Civil Veterinary Department Bengal reports 1933-51 - 1933-1951
Year: 1933
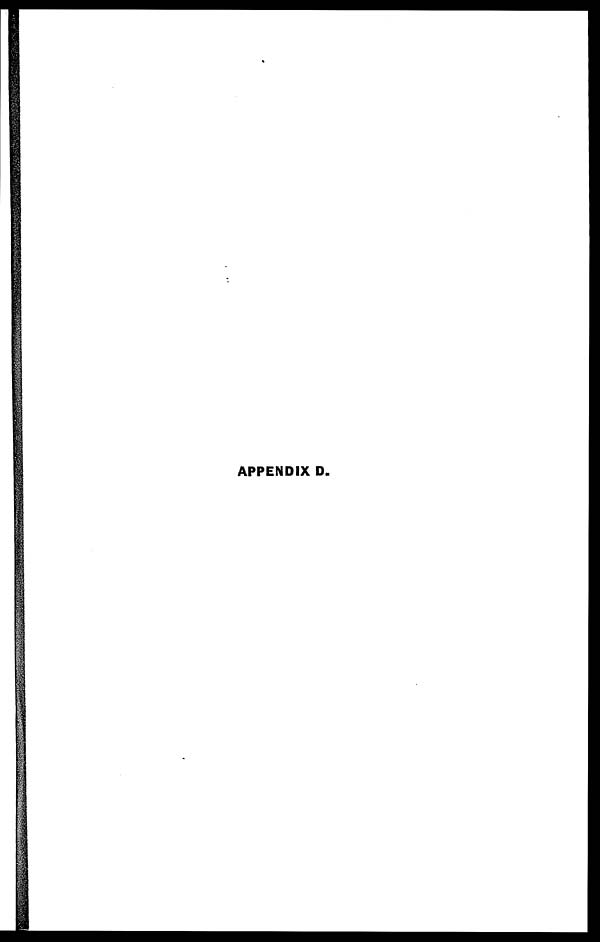
APPENDIX D.